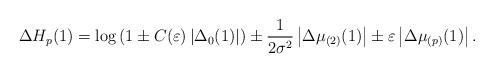
LaTeX: \begin{align*}\Delta H_{p} (1)=\log \left(1 \pm C(\varepsilon)\left|\Delta_{0}(1)\right| \right) \pm \frac{1}{2\sigma^{2}}\left|\Delta \mu_{(2)}(1)\right| \pm \varepsilon \left|\Delta \mu_{(p)}(1) \right|.\end{align*}